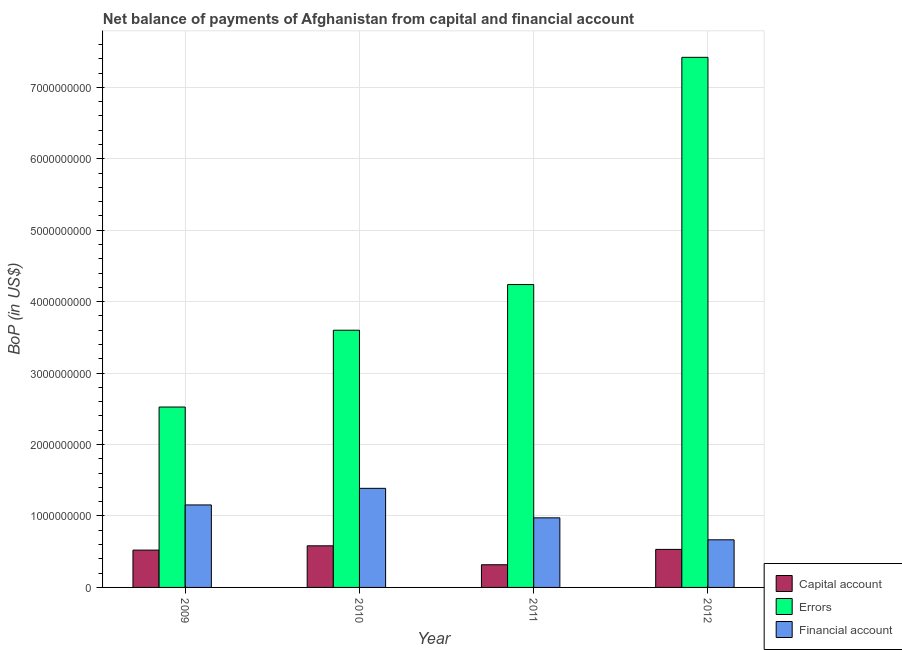
| Year | Capital account | Errors | Financial account |
 | --- | --- | --- | --- |
 | 2009 | 5.23e+08 | 2.53e+09 | 1.15e+09 |
 | 2010 | 5.83e+08 | 3.6e+09 | 1.39e+09 |
 | 2011 | 3.18e+08 | 4.24e+09 | 9.74e+08 |
 | 2012 | 5.32e+08 | 7.42e+09 | 6.67e+08 |